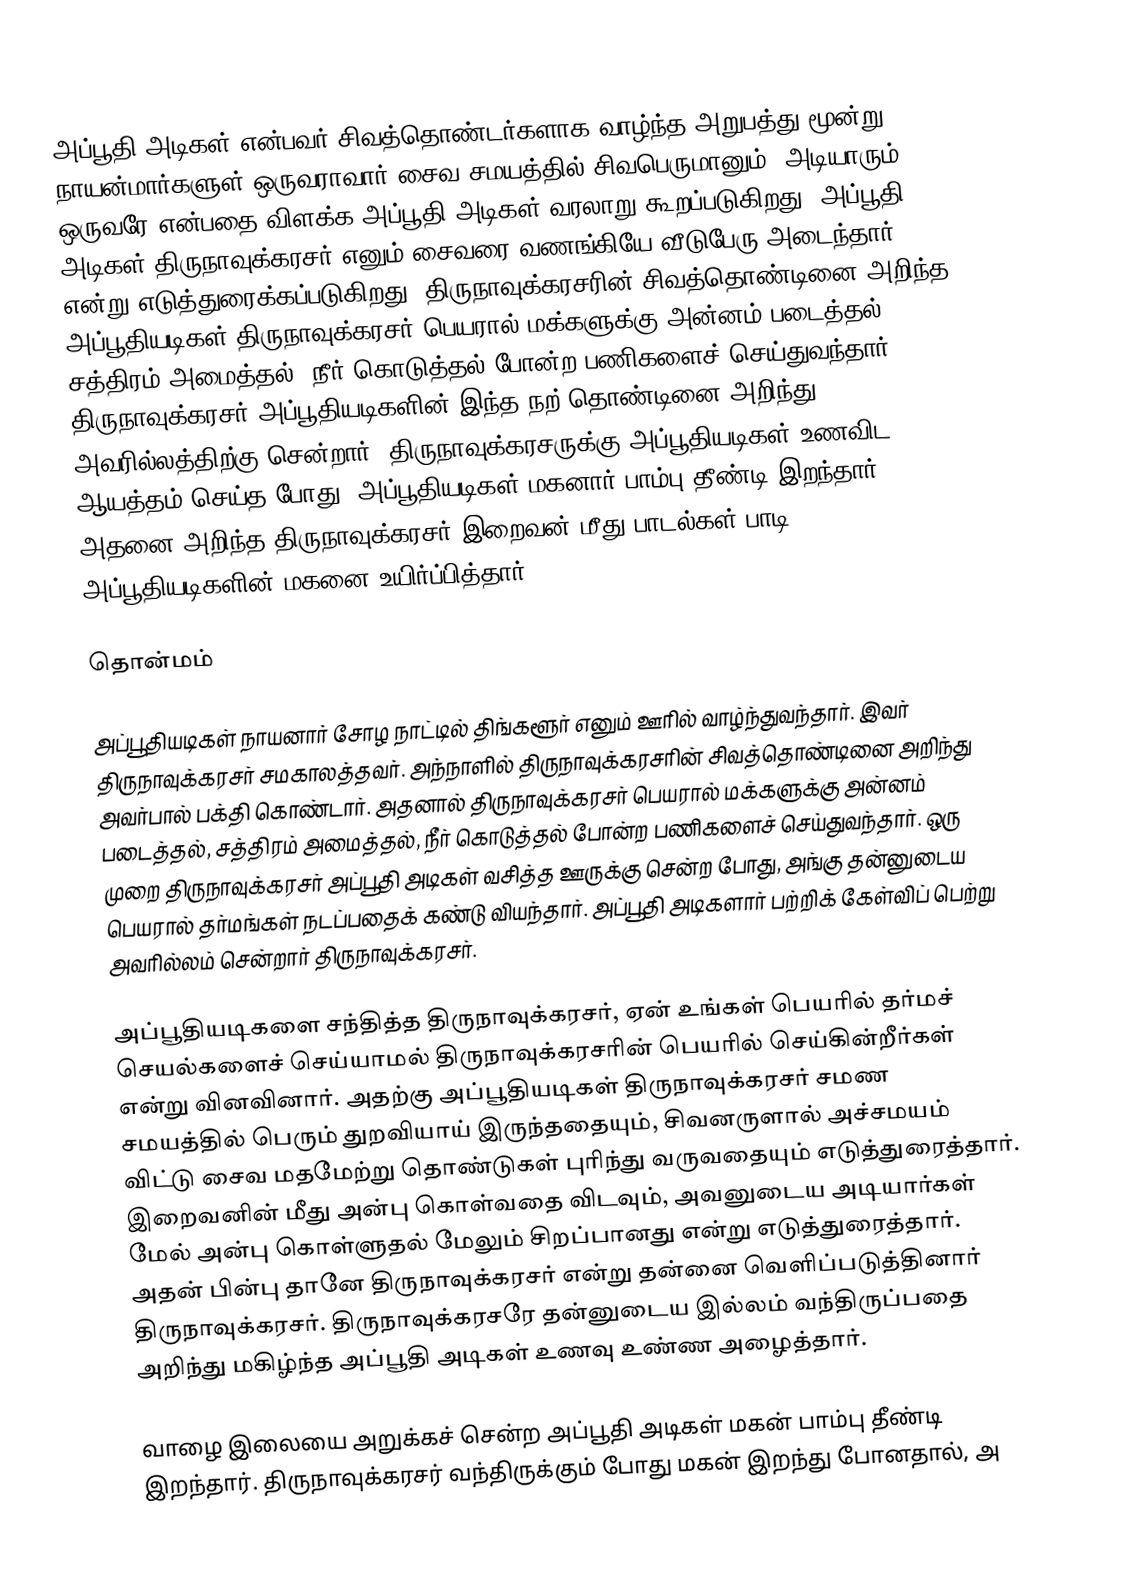
அப்பூதி அடிகள் என்பவர் சிவத்தொண்டர்களாக வாழ்ந்த அறுபத்து மூன்று நாயன்மார்களுள் ஒருவராவார்.சைவ சமயத்தில் சிவபெருமானும், அடியாரும் ஒருவரே என்பதை விளக்க அப்பூதி அடிகள் வரலாறு கூறப்படுகிறது.  அப்பூதி அடிகள் திருநாவுக்கரசர் எனும் சைவரை வணங்கியே வீடுபேரு அடைந்தார் என்று எடுத்துரைக்கப்படுகிறது. திருநாவுக்கரசரின் சிவத்தொண்டினை அறிந்த அப்பூதியடிகள் திருநாவுக்கரசர் பெயரால் மக்களுக்கு அன்னம் படைத்தல், சத்திரம் அமைத்தல், நீர் கொடுத்தல் போன்ற பணிகளைச் செய்துவந்தார். திருநாவுக்கரசர் அப்பூதியடிகளின் இந்த நற் தொண்டினை அறிந்து அவரில்லத்திற்கு சென்றார். திருநாவுக்கரசருக்கு அப்பூதியடிகள் உணவிட ஆயத்தம் செய்த போது, அப்பூதியடிகள் மகனார் பாம்பு தீண்டி இறந்தார். அதனை அறிந்த திருநாவுக்கரசர் இறைவன் மீது பாடல்கள் பாடி அப்பூதியடிகளின் மகனை உயிர்ப்பித்தார்.

தொன்மம்

அப்பூதியடிகள் நாயனார் சோழ நாட்டில் திங்களூர் எனும் ஊரில் வாழ்ந்துவந்தார். இவர் திருநாவுக்கரசர் சமகாலத்தவர். அந்நாளில் திருநாவுக்கரசரின் சிவத்தொண்டினை அறிந்து அவர்பால் பக்தி கொண்டார். அதனால் திருநாவுக்கரசர் பெயரால் மக்களுக்கு அன்னம் படைத்தல், சத்திரம் அமைத்தல், நீர் கொடுத்தல் போன்ற பணிகளைச் செய்துவந்தார். ஒரு முறை திருநாவுக்கரசர் அப்பூதி அடிகள் வசித்த ஊருக்கு சென்ற போது, அங்கு தன்னுடைய பெயரால் தர்மங்கள் நடப்பதைக் கண்டு வியந்தார். அப்பூதி அடிகளார் பற்றிக் கேள்விப் பெற்று அவரில்லம் சென்றார் திருநாவுக்கரசர்.

அப்பூதியடிகளை சந்தித்த திருநாவுக்கரசர், ஏன் உங்கள் பெயரில் தர்மச் செயல்களைச் செய்யாமல் திருநாவுக்கரசரின் பெயரில் செய்கின்றீர்கள் என்று வினவினார். அதற்கு அப்பூதியடிகள் திருநாவுக்கரசர் சமண சமயத்தில் பெரும் துறவியாய் இருந்ததையும், சிவனருளால் அச்சமயம் விட்டு சைவ மதமேற்று தொண்டுகள் புரிந்து வருவதையும் எடுத்துரைத்தார். இறைவனின் மீது அன்பு கொள்வதை விடவும், அவனுடைய அடியார்கள் மேல் அன்பு கொள்ளுதல் மேலும் சிறப்பானது என்று எடுத்துரைத்தார். அதன் பின்பு தானே திருநாவுக்கரசர் என்று தன்னை வெளிப்படுத்தினார் திருநாவுக்கரசர். திருநாவுக்கரசரே தன்னுடைய இல்லம் வந்திருப்பதை அறிந்து மகிழ்ந்த அப்பூதி அடிகள் உணவு உண்ண அழைத்தார்.

வாழை இலையை அறுக்கச் சென்ற அப்பூதி அடிகள் மகன் பாம்பு தீண்டி இறந்தார். திருநாவுக்கரசர் வந்திருக்கும் போது மகன் இறந்து போனதால், அ